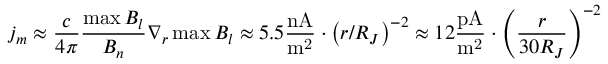
j _ { m } \approx \frac { c } { { 4 \pi } } \frac { { \operatorname* { m a x } B _ { l } } } { { B _ { n } } } \nabla _ { r } \operatorname* { m a x } B _ { l } \approx 5 . 5 \frac { { \mathrm { n A } } } { { \mathrm { m } ^ { \mathrm { 2 } } } } \cdot \left( { r / R _ { J } } \right) ^ { - 2 } \approx 1 2 \frac { { \mathrm { p A } } } { { \mathrm { m } ^ { \mathrm { 2 } } } } \cdot \left( { \frac { r } { { 3 0 R _ { J } } } } \right) ^ { - 2 }